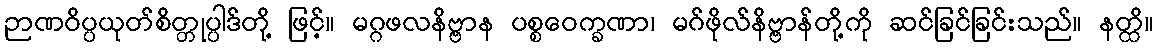
ဉာဏဝိပ္ပယုတ်စိတ္တုပ္ပါဒ်တို့ ဖြင့်။ မဂ္ဂဖလနိဗ္ဗာန ပစ္စဝေက္ခဏာ၊ မဂ်ဖိုလ်နိဗ္ဗာန်တို့ကို ဆင်ခြင်ခြင်းသည်။ နတ္ထိ။